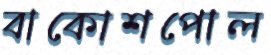
বাকোশপোল